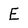
Character: E